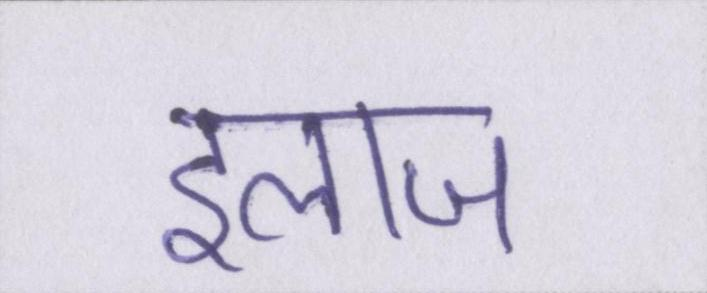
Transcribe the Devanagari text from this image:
इलाज